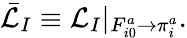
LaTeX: \bar{\cal L}_{I}\equiv{\cal L}_{I}|_{\scriptstyle F_{i0}^{a}\to\pi_{i}^{a}}.